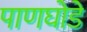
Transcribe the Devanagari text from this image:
पाणघोडे